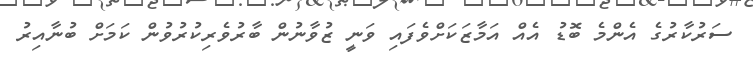
ސަރުކާރުގެ އެންމެ ބޮޑު އެއް އަމާޒަކަށްވެފައި ވަނީ ޒުވާނުން ބާރުވެރިކުރުވުން ކަމަށް ބުނާއިރު